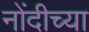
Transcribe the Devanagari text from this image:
नोंदीच्या